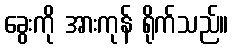
ခွေးကို အားကုန် ရိုက်သည်။